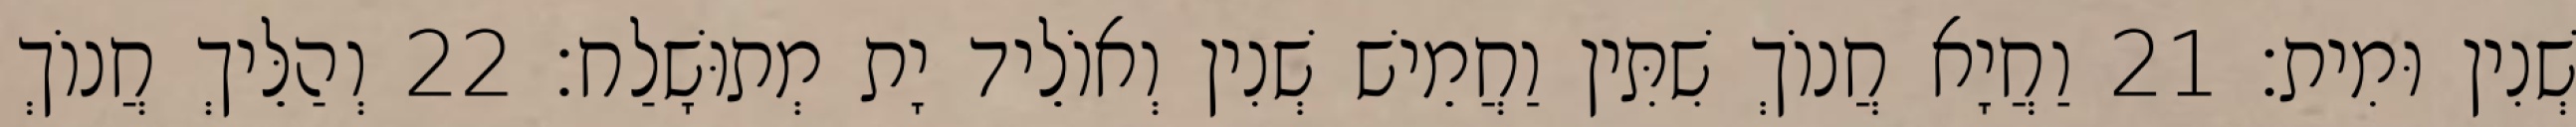
שְׁנִין וּמִית׃ 21 וַחֲיָא חֲנוֹךְ שִׁתִּין וַחֲמֵישׁ שְׁנִין וְאוֹלֵיד יָת מְתוּשָׁלַח׃ 22 וְהַלֵּיךְ חֲנוֹךְ